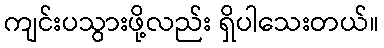
ကျင်းပသွားဖို့လည်း ရှိပါသေးတယ်။